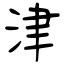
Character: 津